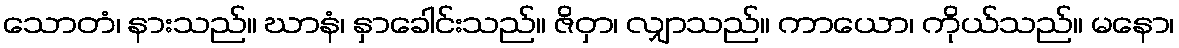
သောတံ၊ နားသည်။ ဃာနံ၊ နှာခေါင်းသည်။ ဇိဝှာ၊ လျှာသည်။ ကာယော၊ ကိုယ်သည်။ မနော၊